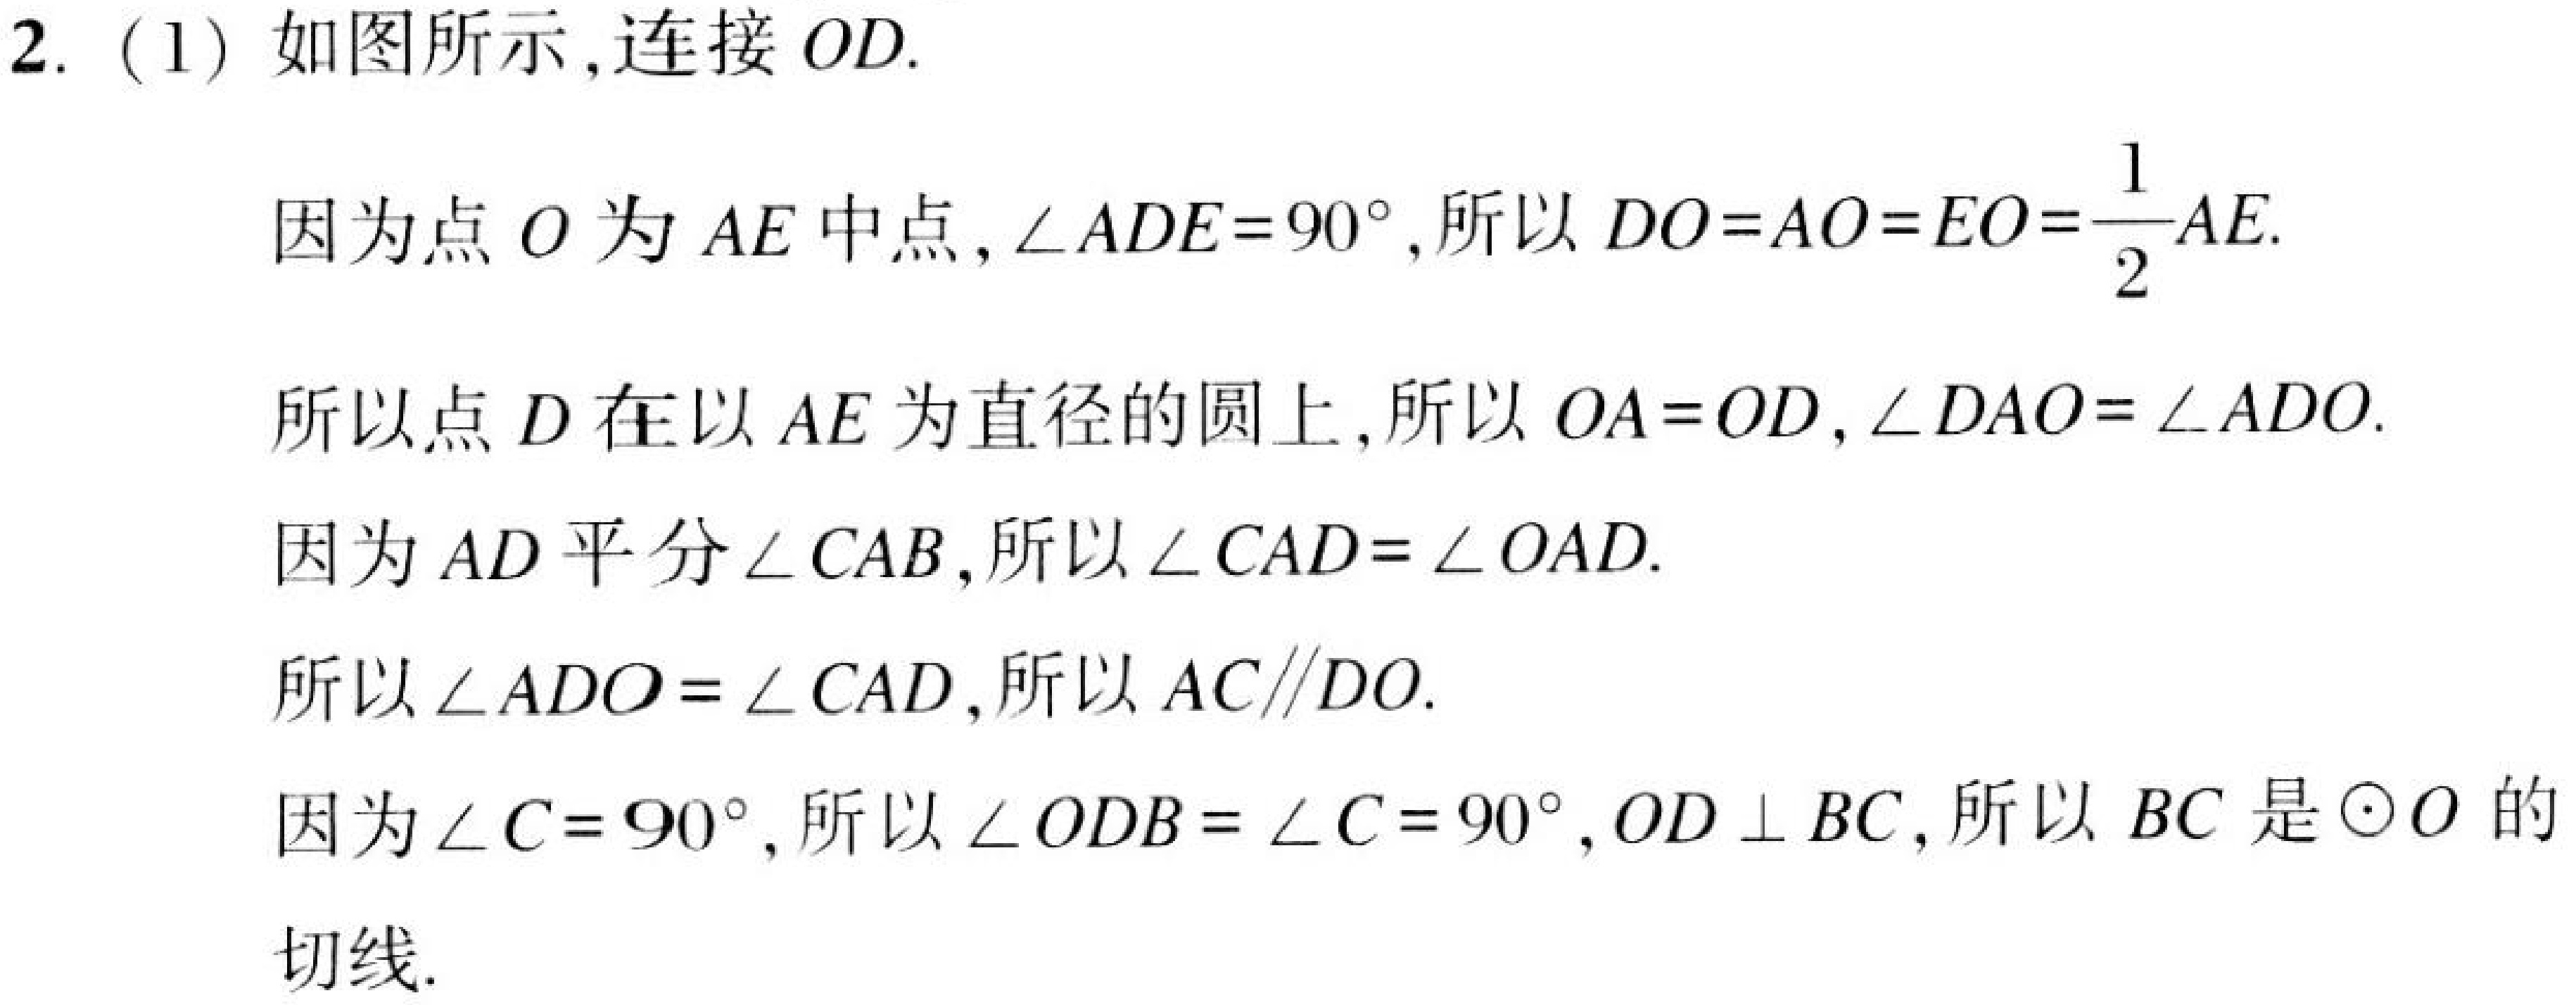
2. (1) 如图所示,连接 \(OD\).
因为点 \(O\) 为 \(AE\) 中点,\(\angle ADE = 90^{\circ}\),所以 \(DO = AO = EO=\dfrac{1}{2}AE\).
所以点 \(D\) 在以 \(AE\) 为直径的圆上,所以 \(OA = OD\),\(\angle DAO=\angle ADO\).
因为 \(AD\) 平分 \(\angle CAB\),所以 \(\angle CAD=\angle OAD\).
所以 \(\angle ADO=\angle CAD\),所以 \(AC\parallel DO\).
因为 \(\angle C = 90^{\circ}\),所以 \(\angle ODB=\angle C = 90^{\circ}\),\(OD\perp BC\),所以 \(BC\) 是 \(\odot O\) 的切线.